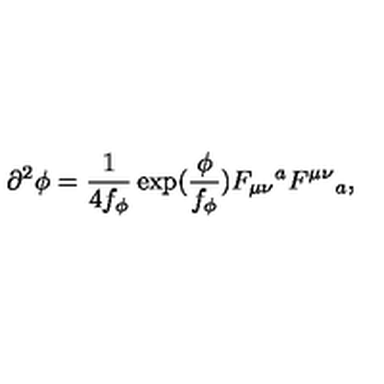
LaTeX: \partial ^ { 2 } \phi = \frac { 1 } { 4 f _ { \phi } } \exp ( \frac { \phi } { f _ { \phi } } ) F _ { \mu \nu } { } ^ { a } F ^ { \mu \nu } { } _ { a } ,